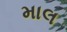
માલ